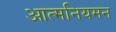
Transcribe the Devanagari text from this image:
आत्मनियमन